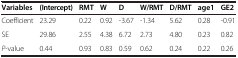
<table><thead><tr><td><b>Variables</b></td><td><b>(Intercept)</b></td><td><b>RMT</b></td><td><b>W</b></td><td><b>D</b></td><td><b>W/RMT</b></td><td><b>D/RMT</b></td><td><b>age1</b></td><td><b>GE2</b></td></tr></thead><tbody><tr><td>Coefficient</td><td>23.29</td><td>0.22</td><td>0.92</td><td>-3.67</td><td>-1.34</td><td>5.62</td><td>0.28</td><td>-0.91</td></tr><tr><td>SE</td><td>29.86</td><td>2.55</td><td>4.38</td><td>6.72</td><td>2.73</td><td>4.80</td><td>0.23</td><td>0.82</td></tr><tr><td><i>P</i>-value</td><td>0.44</td><td>0.93</td><td>0.83</td><td>0.59</td><td>0.62</td><td>0.24</td><td>0.22</td><td>0.26</td></tr></tbody></table>